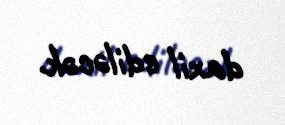
daxil ediləcək.